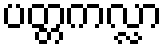
ပတ္တကလ္လာ